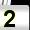
Digit: 2